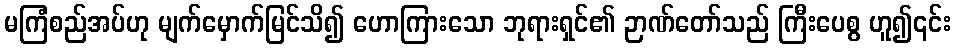
မကြံစည်အပ်ဟု မျက်မှောက်မြင်သိ၍ ဟောကြားသော ဘုရားရှင်၏ ဉာဏ်တော်သည် ကြီးပေစွ ဟူ၍၎င်း